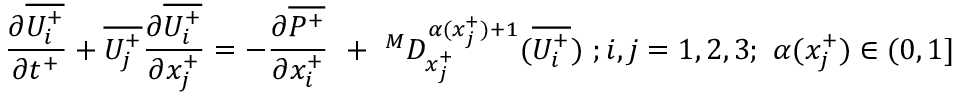
{ \frac { \partial \overline { { U _ { i } ^ { + } } } } { \partial t ^ { + } } } + \overline { { U _ { j } ^ { + } } } \frac { \partial \overline { { U _ { i } ^ { + } } } } { \partial x _ { j } ^ { + } } = - \frac { \partial \overline { { P ^ { + } } } } { \partial x _ { i } ^ { + } } ~ + ~ ^ { M } D _ { x _ { j } ^ { + } } ^ { \alpha ( x _ { j } ^ { + } ) + 1 } ( \overline { { U _ { i } ^ { + } } } ) ~ ; i , j = 1 , 2 , 3 ; ~ \alpha ( x _ { j } ^ { + } ) \in ( 0 , 1 ]